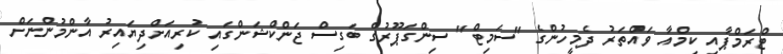
ޓްރަމްޕާއި ކިމްއާ ވައްތަރު ދެމީހުންގެ "ސަމިޓް" ސިންގަޕޫރުގެ ބަގިސް ޖަންކްޝަންގައި ކުރިއަށްދިޔައިރު އާންމުންނަށް